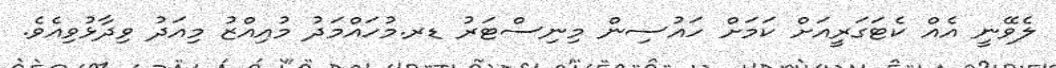
ލެވޭނީ އެއް ކެޓަގަރީއަށް ކަމަށް ހައުސިން މިނިސްޓަރު ޑރ.މުހައްމަދު މުއިއްޒު މިއަދު ވިދާޅުވިއެވެ.